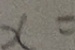
x =